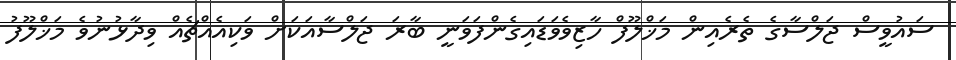
ސައުވީސް ޖަލްސާގެ ތެރެއިން މަޚްލޫފް ހާޒިވެވަޑައިގެންފަވަނީ ބާރަ ޖަލްސާއަކަށް ވަކިއެއްޗެއް ވިދާޅުނުވެ މަޚްލޫފު